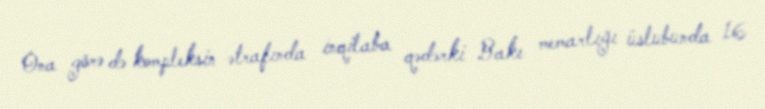
Ona görə də kompleksin ətrafında inqilaba qədərki Bakı memarlığı üslubunda 16